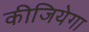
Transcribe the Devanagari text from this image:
कीजियेगा